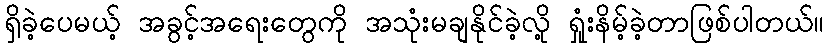
ရှိခဲ့ပေမယ့် အခွင့်အရေးတွေကို အသုံးမချနိုင်ခဲ့လို့ ရှုံးနိမ့်ခဲ့တာဖြစ်ပါတယ်။